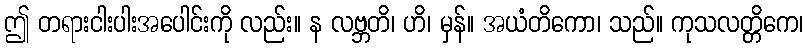
ဤ တရားငါးပါးအပေါင်းကို လည်း။ န လဗ္ဘတိ၊ ဟိ၊ မှန်။ အယံတိကော၊ သည်။ ကုသလတ္တိကေ၊